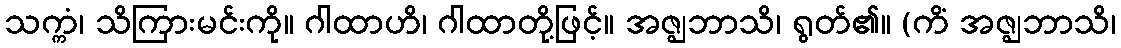
သက္ကံ၊ သိကြားမင်းကို။ ဂါထာဟိ၊ ဂါထာတို့ဖြင့်။ အဇ္ဈဘာသိ၊ ရွတ်၏။ (ကိံ အဇ္ဈဘာသိ၊